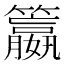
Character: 籝